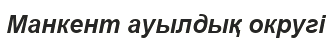
Манкент ауылдық округі